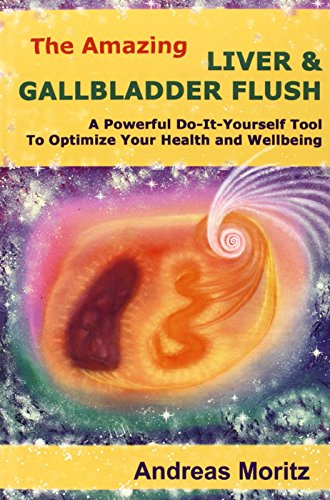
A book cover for The Amazing Liver & Gallbladder Flush; Andreas Moritz; Health, Fitness & Dieting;